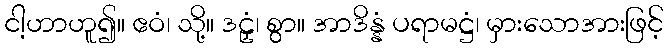
ငါ့ဟာဟူ၍။ ဧဝံ၊ သို့။ ဒဠှံ၊ စွာ။ အာဒိန္နံ ပရာမဋ္ဌံ၊ မှားသောအားဖြင့်